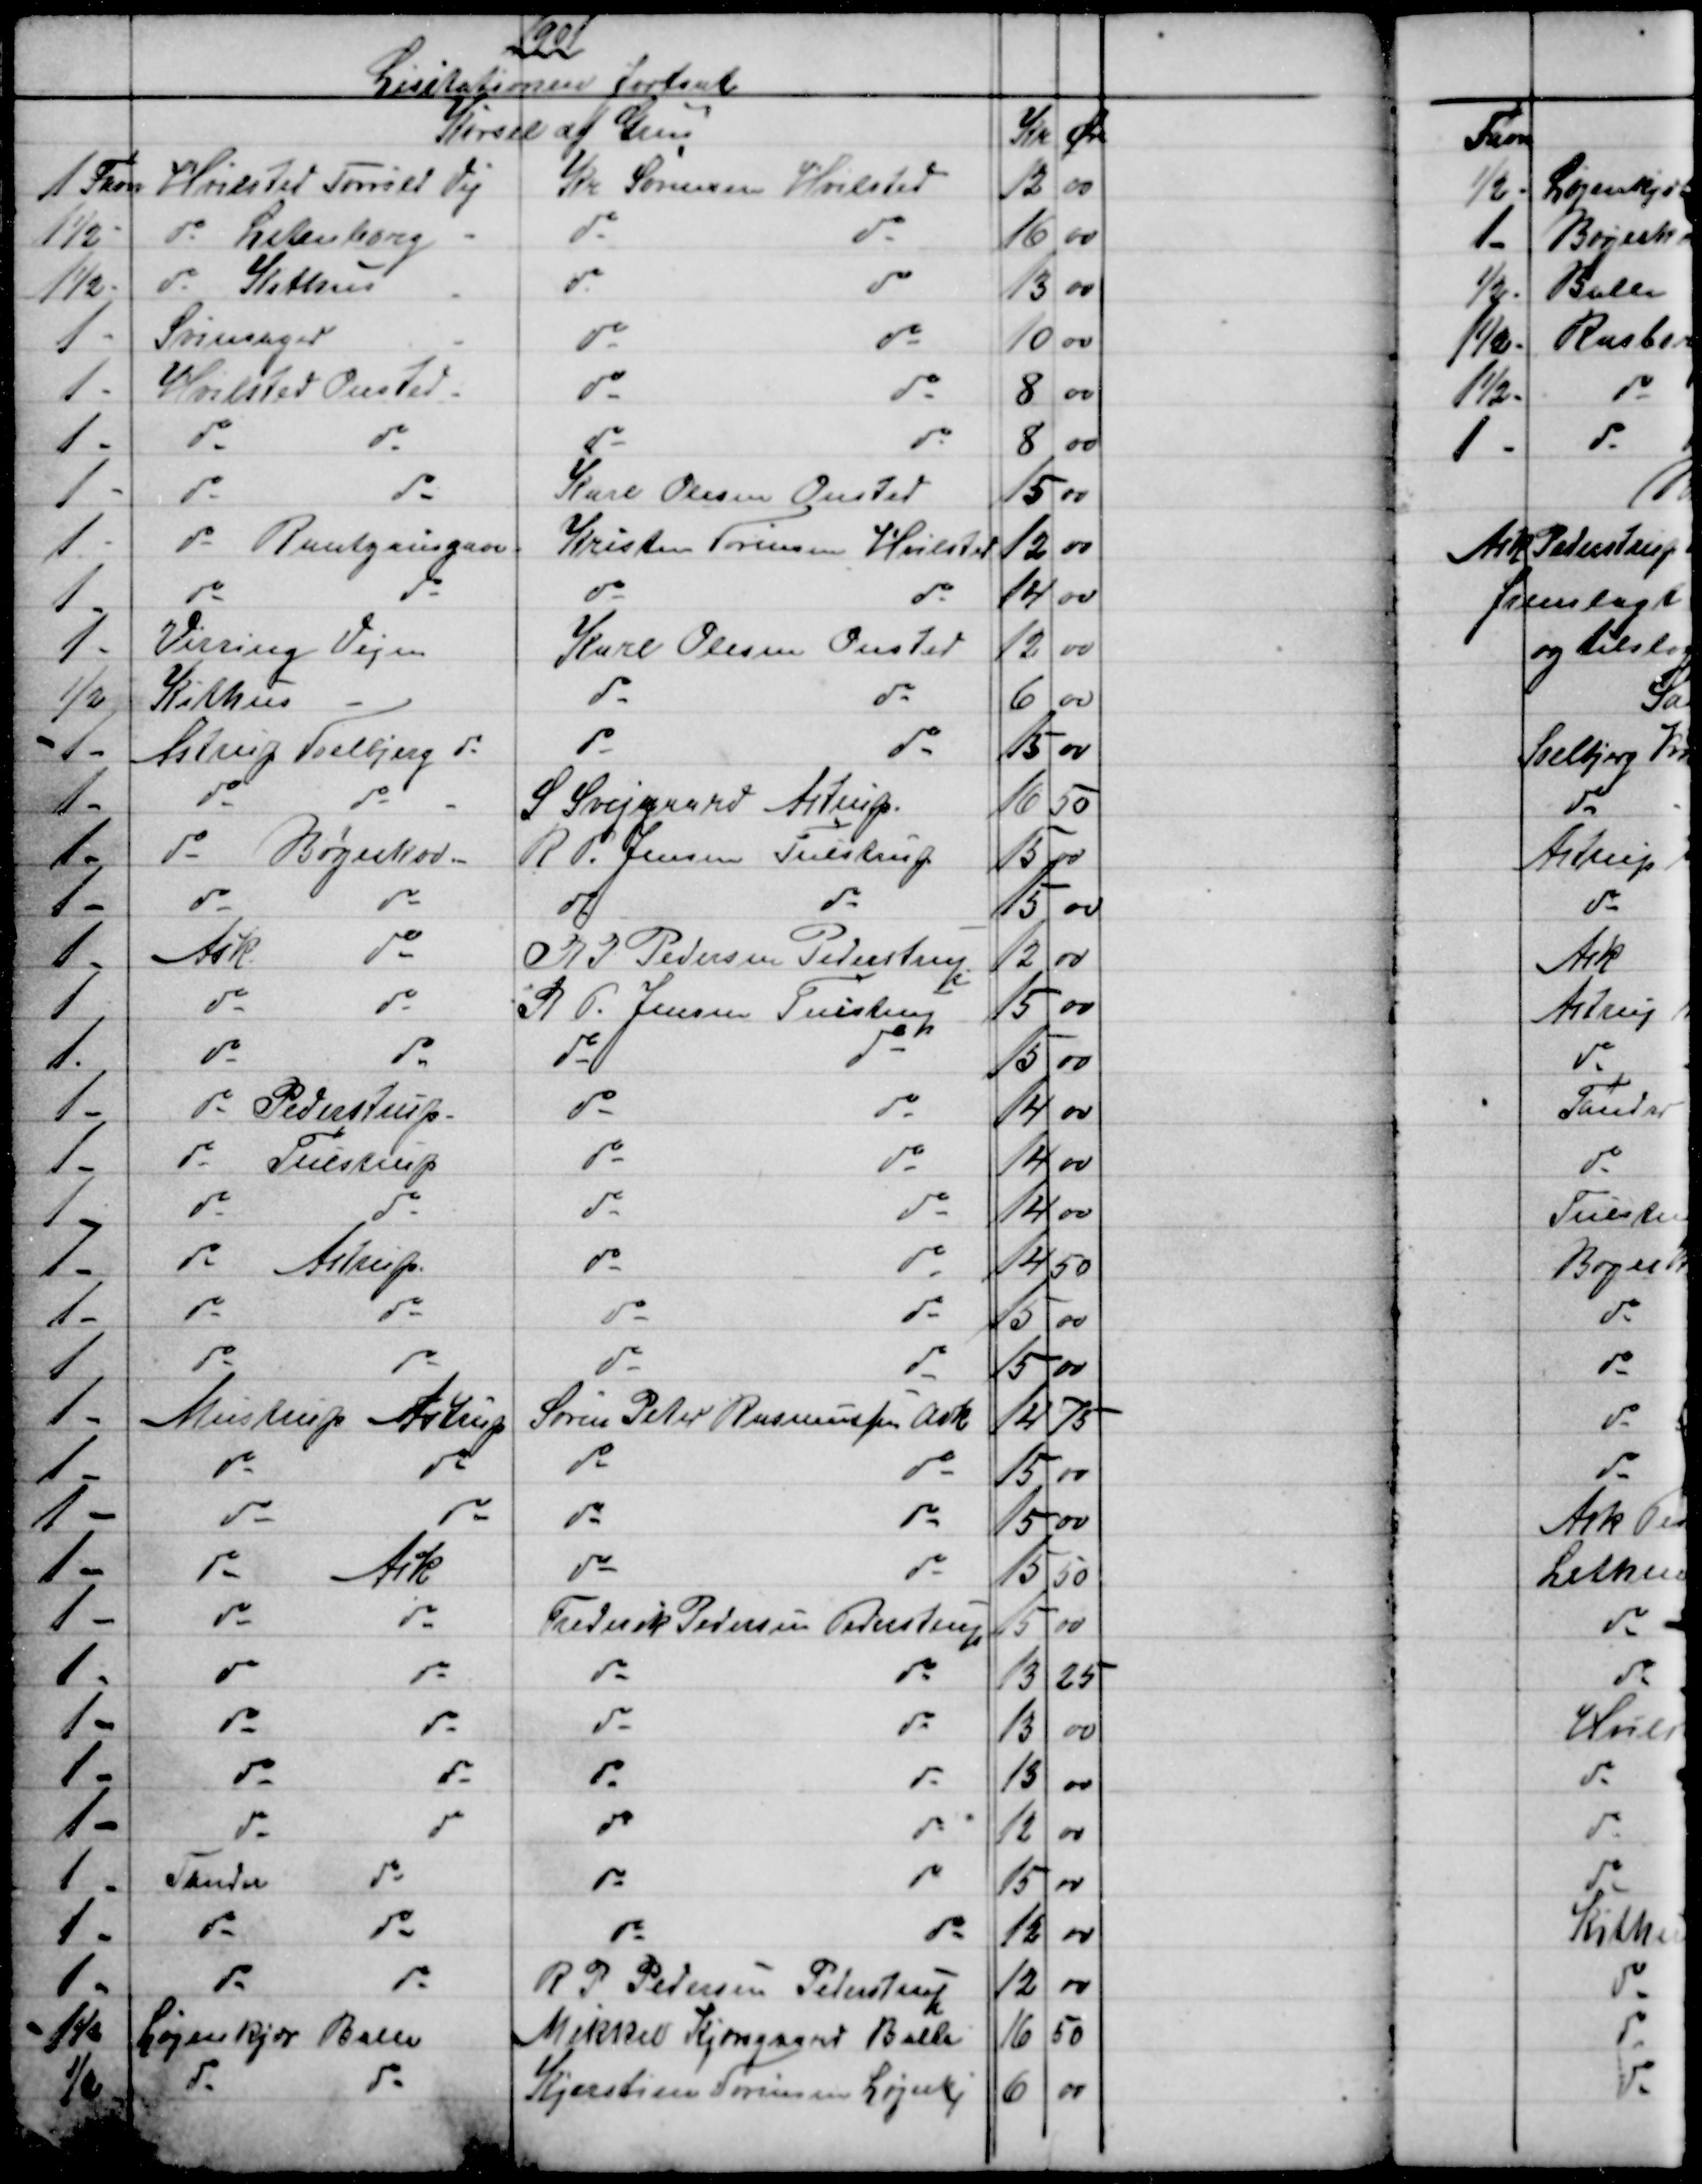
Transskription:
1901
Listationen fortsat
Kørsel af Grus
Kr
Øre
1 Favn
Hvilsted Torrild Vej
Kr Sørensen Hvilsted
12
00
1½
do Lethenborg
do
do
16
00
1½
do Kithus
do
do
13
00
1
Svinsager
do
do
10
00
1
Hvilsted Onsted
do
do
8
00
1
do
do
do
do
8
00
1
do
do
Karl Olesen Onsted
15
00
1
do Rantzausgave
Kristen Sørensen Hvilsted
12
00
1
do
do
do
do
14
00
1
Virring Vejen
Karl Olesen Onsted
12
00
½
Kithus
do
do
6
00
1
Astrup Soelbjerg do
do
do
15
00
1
do
do
S Svejgaard Astrup.
16
50
1
do Bøgeskov
R. P. Jensen Tulstrup
15 
00
1
do
do
do
do
15
00
1
Ask
do
R S Pedersen Pederstrup
12
00
1
do
do
R P. Jensen Tulstrup
15
00
1
do
do
do
do
15
00
1
do Pederstrup
do
do
14
00
1
do
Tulstrup
do
do
14
00
1
do
do
do
do
14
00
1
do Astrup.
do
do
14
50
1
do
do
do
do
15
00
1
do
do
do
do
15
00
1
Mustrup Astrup
Søren Peter Rasmussen Ask
14
75
1
do
do
do
do
15
00
1
do
do
do
do
15
00
1
do
Ask
do
do
15
00
1
do
do
Frederik Pedersen Pederstrup
15
00
1
do
do
do
do
13
25
1
do
do
do
do
13
00
1
do
do
do
do
13
00
1
do
do
do
do
12
00
1
Tander
do
do
do
15
00
1
do
do
do
do
13
00
1
do
do
R P Pedersen Pederstrup
12
00
1½
Løjenkjær Balle
Mikkel Kjærsgaard Balle
16
50
½
do
do
Kjerstine Sørensen Løjenkj
6
00